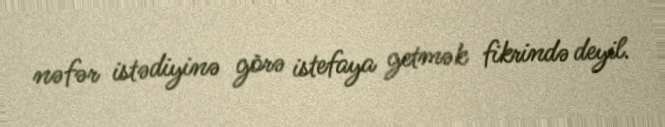
nəfər istədiyinə görə istefaya getmək fikrində deyil.